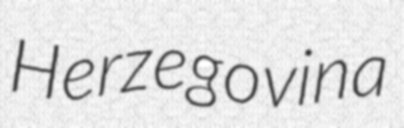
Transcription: Herzegovina